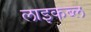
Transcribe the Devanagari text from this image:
लाइकब्ल